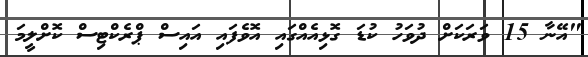
"އޭނާ 15 ވަރަކަށް ދުވަހު ކުޑަ ގޮޅިއެއްގައި އޮވެފައި އައިސް ޕްރެކްޓިސް ކޮށްލީމަ